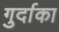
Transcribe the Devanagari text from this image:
गुर्दाका